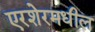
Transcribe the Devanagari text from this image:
एरशेरमधील